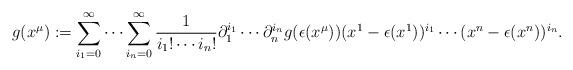
LaTeX: \begin{align*}g(x^{\mu}):=\sum_{i_1=0}^{\infty}\cdots\sum_{i_n=0}^{\infty}\frac{1}{i_1!\cdots i_n!}\partial_1^{i_1}\cdots \partial_n^{i_n}g(\epsilon(x^{\mu})) (x^1-\epsilon(x^1))^{i_1}\cdots(x^n-\epsilon(x^n))^{i_n}.\end{align*}